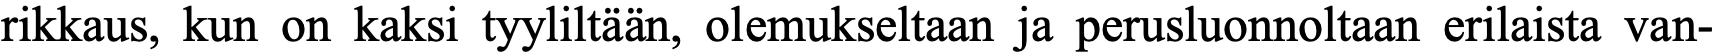
rikkaus, kun on kaksi tyyliltään, olemukseltaan ja perusluonnoltaan erilaista van-